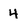
Character: 4